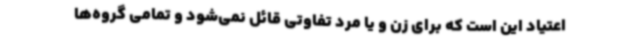
اعتیاد این است که برای زن و یا مرد تفاوتی قائل نمی‌شود و تمامی گروه‌ها